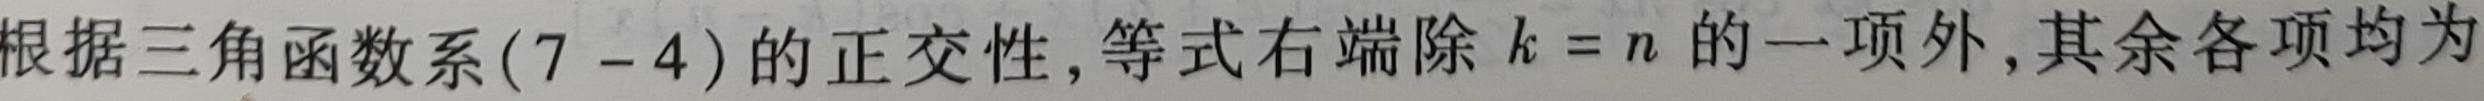
根据三角函数系$(7 - 4)$的正交性,等式右端除$k = n$的一项外,其余各项均为